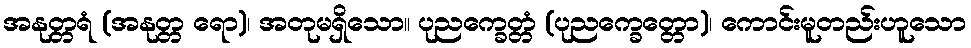
အနုတ္တရံ (အနုတ္တ ရော)၊ အတုမရှိသော။ ပုညက္ခေတ္တံ (ပုညက္ခေတ္တော)၊ ကောင်းမူတည်းဟူသော